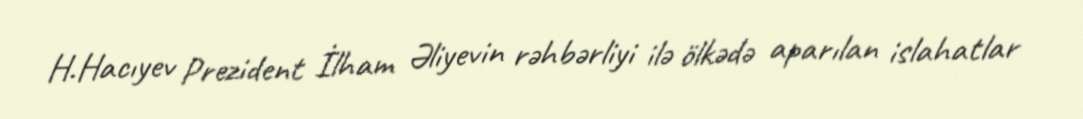
H.Hacıyev Prezident İlham Əliyevin rəhbərliyi ilə ölkədə aparılan islahatlar